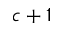
c + 1